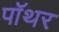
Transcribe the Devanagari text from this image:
पॉथर